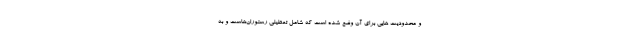
و محدودیت هایی برای آن وضع شده است که شامل تعطیلی رستوران‌هاست و به